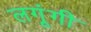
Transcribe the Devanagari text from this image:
लगूंगी